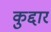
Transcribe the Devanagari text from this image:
कुद्दार